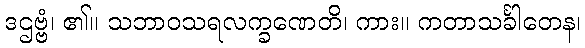
ဒဌဗ္ဗံ၊ ၏။ သဘာဝသရလက္ခဏေတိ၊ ကား။ ကတာသင်္ခါတေန၊